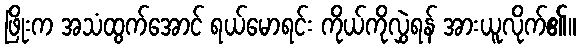
ဖြိုးက အသံထွက်အောင် ရယ်မောရင်း ကိုယ်ကိုလွှဲရန် အားယူလိုက်၏။